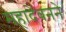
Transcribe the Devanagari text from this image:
महादेवनने